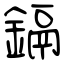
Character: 鎘